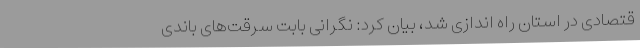
قتصادی در استان راه اندازی شد، بیان کرد: نگرانی بابت سرقت‌های باندی